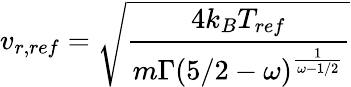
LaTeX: v_{r,ref}=\sqrt{\frac{4k_{B}T_{ref}}{m\Gamma(5/2-\omega)^{\frac{1}{\omega-1/2}}}}